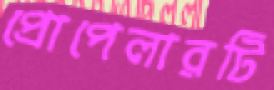
প্রোপেলারটি